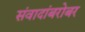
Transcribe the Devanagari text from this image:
संवादांबरोबर